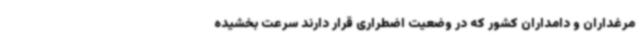
مرغداران و دامداران کشور که در وضعیت اضطراری قرار دارند سرعت بخشیده